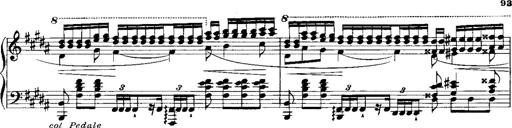
Title: RÃ©miniscences de Norma de Bellini
Composer: Franz Liszt